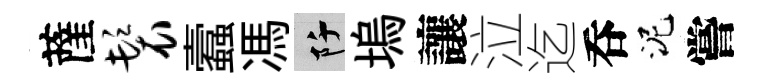
薩鬟蠧馮阡塢讓泣迄呑泥嘗